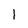
Character: 1